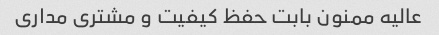
عالیه ممنون بابت حفظ کیفیت و مشتری مداری